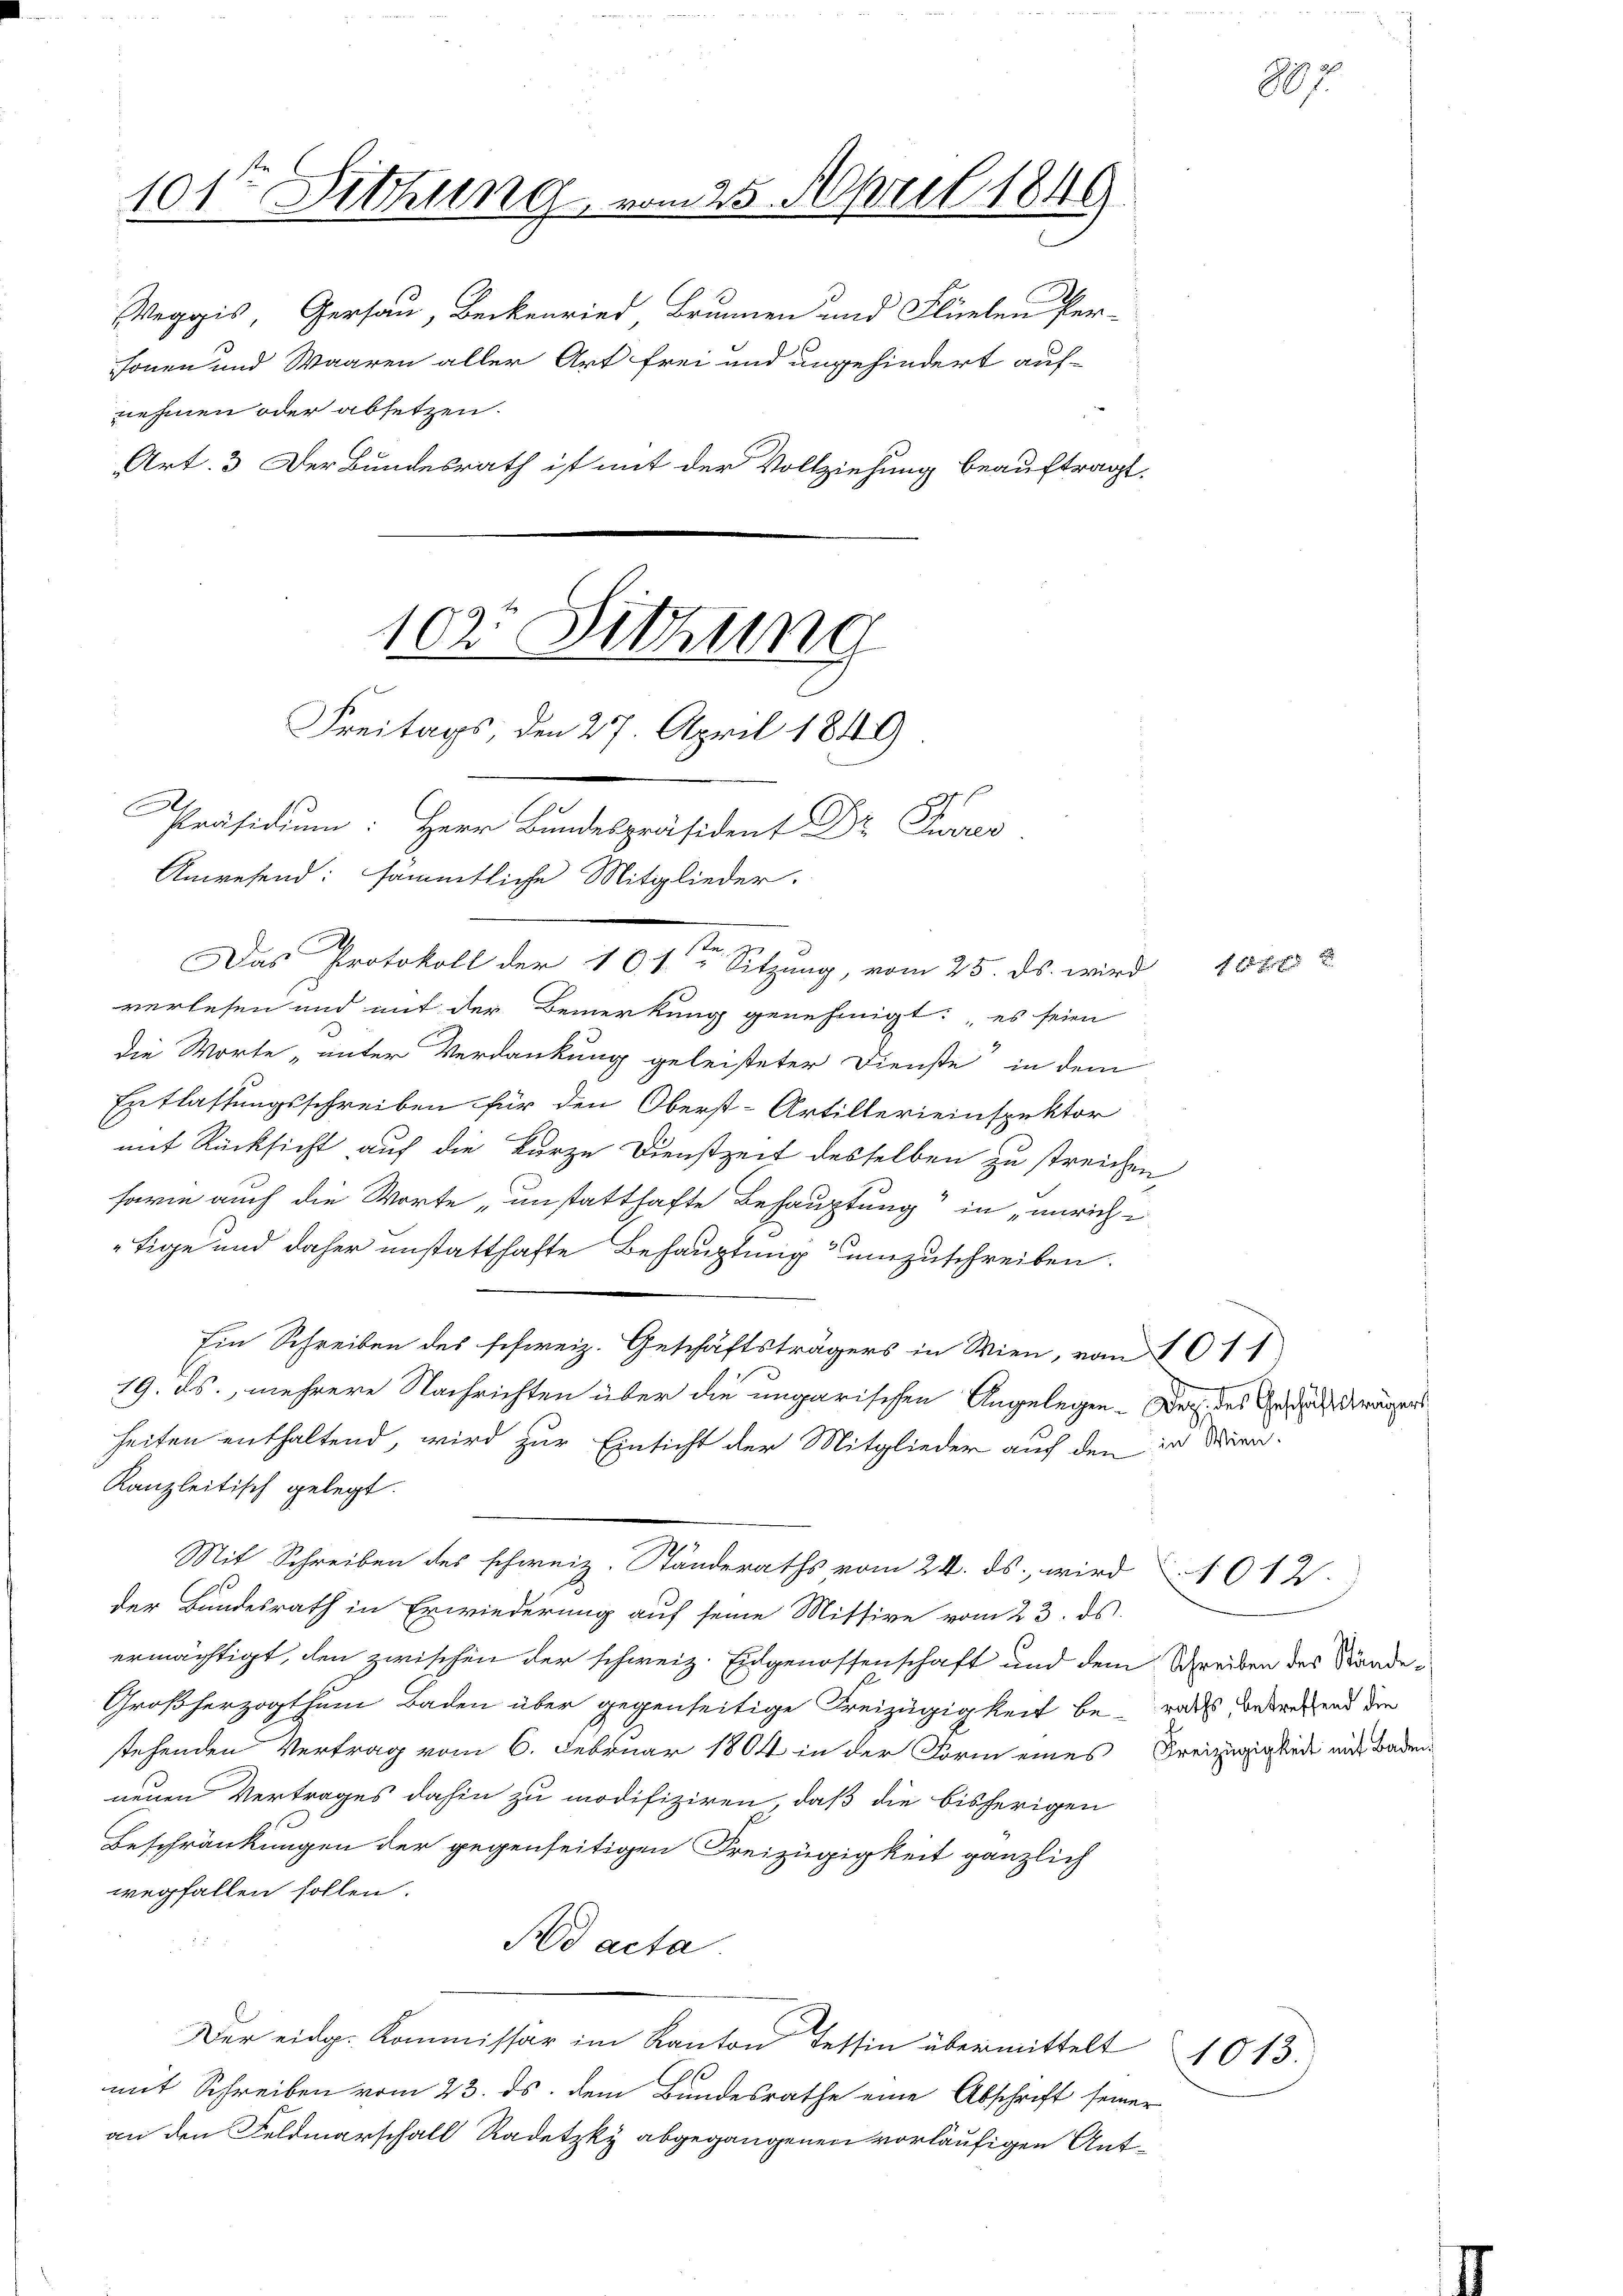
101te Sitzung vom 25. April 1849

Weggis, Gersau, Beckenried Brunnen und Flüelen Per-
sonen und Waaren aller Art frei und ungehindert auf-
nehmen oder absetzen.
Art. 3. Der Bundesrath ist mit der Vollziehung beauftragt.

102. Sitzung
Freitags, den 27. April 1849
Präsidium: Herr Bundespräsident Dr. Trans
Anwesend: sämmtliche Mitglieder.

C
.
verlesen und auf der Bemerkung genehmigt: „es seien
die Worte „unter Verdankung geleisteter Dienste in dem
Entlassungsschreiben für den Oberst-Artillerieinspektor
mit Rücksicht auf die kurze Dienstzeit desselben zu streichen
fari auch die Worte „unstatthafte Behauptung in unrichtige und daher unstatthafte Behauptung umzuschreiben.
Ein Schreiben des schweiz. Geschäftsträgers in Wien, von 1611
19. ds., mehrere Nachrichten über die ungarischen Angelegen-Der, des Geschäfte Krägers
heiten enthaltend, wird zur Einsicht der Mitglieder auf den in diren¬
Kanzleitisch gelegt.
Mit Schreiben des schweiz. Ständeraths vom 24. ds. wird 612.
der Bundesrath in Erwiederung auf seine Mittive vom 23. ds.
ermächtigt, den zwischen der schweiz. Eidgenossenschaft und dem Schreiben des Baade¬
Großherzogthum Baden über gegenseitige Freizügigkeit be-
stehenden Vertrag vom 6. Februar 1804 in der Form eines Freizügigkeit mit Baden
neuen Vertrages dahin zu modifiziren, daß die bisherigen
Beschränkungen der gegenseitigen Freizügigkeit gänzlich
wegfallen sollen.
Ad acta
Der eidg. Kommissär im Kanton Tessin übermittelt
mit Schreiben vom 23. ds. dem Bundesrathe eine Abschrift seiner
in den Feldmarschall Radetzky abgegangenen vorläufigen Ant¬

Das Protokoll der 10 1sten Sitzung, vom 25. ds. wird

e

raths betreffend die

f 25 xxx

1013.

887